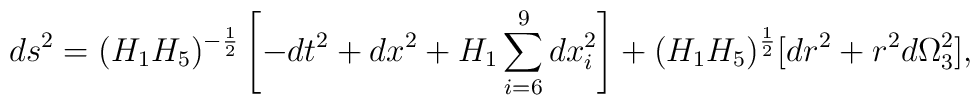
ds^2 = (H_1 H_5)^{-\frac{1}{2}} \left [ -dt^2 + dx^2 + H_1  \sum_{i=6}^{9} dx_i^2 \right ] + (H_1 H_5)^{\frac{1}{2}} [ dr^2 + r^2 d\Omega_3^2 ],